Scottish Leaving Certificate Examination, 1959
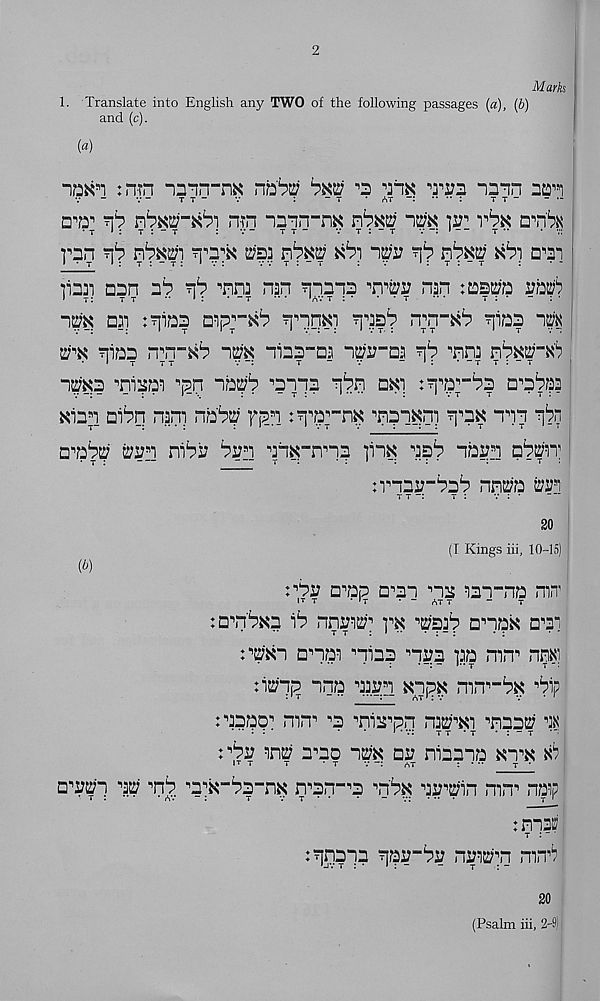
2
Mark
1. Translate into English any TWO of the following passages [a), (6)
and (c).
[a)
:n?n -o^n-na nb'^
-mn aa is i
V -
v -
t t -
V
:
- t
- AT -:•••• :
t t -
- -
era 1 rh rbwi-#b'\ n-rn “mrrnx
p 1 rbx trn'bN
r\b rbm]
xb) -\p ?[*? rbxuj
a^i
par nan ab r\b ■’nrj nan ?|nana
nan laatra rb^
n^K Dai :7poa
n^n-Kb rjiba
wx niaa n^n-^b im niaa-aa ne;i;-aa ?]b Tina nbatarab
n^a Ti^aa ^pn na^b 'anpa pbn bki :
Nian aibq nani nabt? fpn tq^ar^
"tn nnn qbi
D'nbw e;an nibb ban abK-nna linx nab naan aban 1
• t :
r
' “ T :
;rnaa“bab nnra frm
t t
t :
v : •
rbv BTp a^an nas aan-na mn
:aTb*a ib nnvw
^sab anak a^i
i^n anaa Tiap Ti?a pa mn 1 nm
:i^'np nna naan anpK mn^-bx ^bip
^aBao 1 mn 1 t Tiapn nae; 1^ Taatj; ^
^ba me; bto ne?K aa niaana Kn 1^ ^
a^a^'n w Tb T^-ba-nK n^an-T T'bK na^in mn 1 nap
: nnaai t : “
:qnapa paa-ba na^p.n mnb
20
(Psalm hi, 2-9)